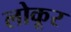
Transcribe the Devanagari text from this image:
लोकूर